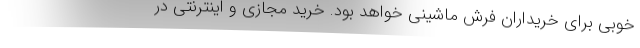
خوبی برای خریداران فرش ماشینی خواهد بود. خرید مجازی و اینترنتی در